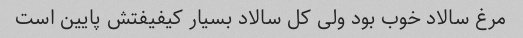
مرغ سالاد خوب بود ولی کل سالاد بسیار کیفیفتش پایین است